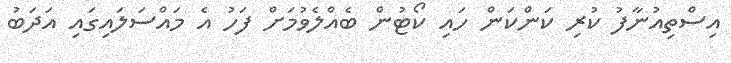
އިސްތިއުނާފު ކުރި ކަންކަން ހައި ކޯޓުން ބެއްލެވުމަށް ފަހު އެ މައްސަލައިގައި އަދަބު